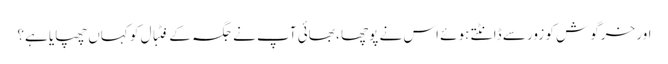
اور خرگوش کو زور سے ڈانٹتے ہوئے اس نے پوچھا ، بھائی آپ نے جگہ کے فٹبال کو کہاں چھپایا ہے؟